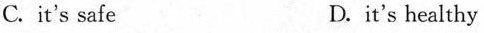
C. it's safe D. it's healthy